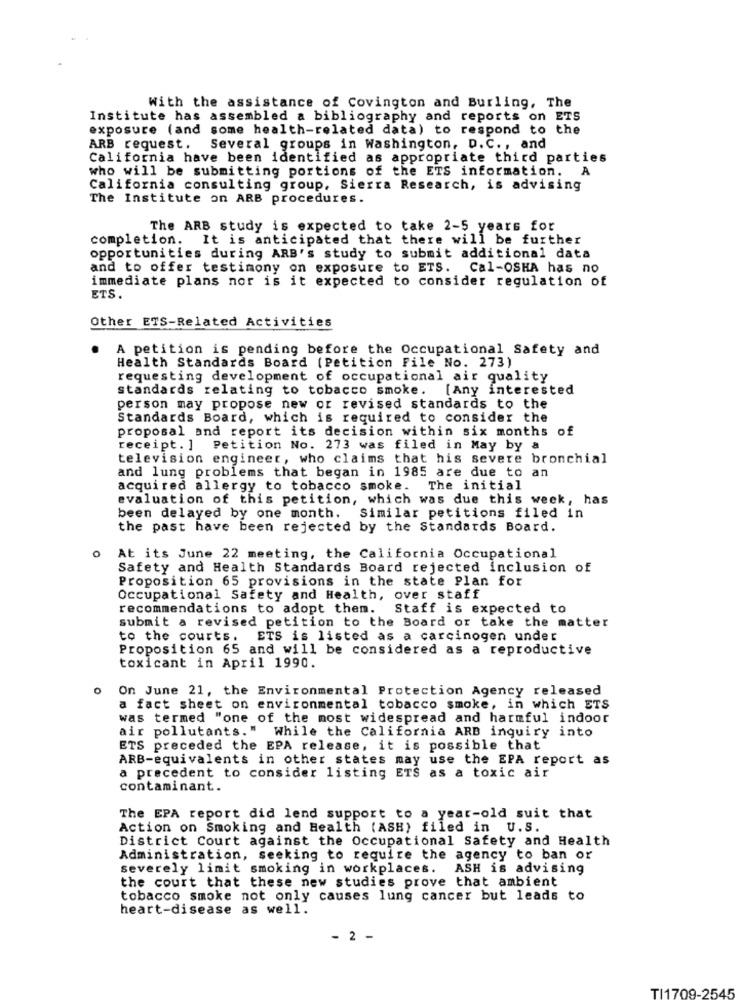
With the assistance of Covington and Burling, The
Institute has assembled a bibliography and reports on ETS
exposure (and some health-related data) to respond to the
ARB request.
Several groups in Washington, D.C ., and
California have been identified as appropriate third parties
who will be submitting portions of the ETS information. A
California consulting group, Sierra Research, is advising
The Institute on ARB procedures.
The ARB study is expected to take 2-5 years for
completion. It is anticipated that there will be further
opportunities during ARB's study to submit additional data
and to offer testimony on exposure to ETS. Cal-OSHA has no
immediate plans nor is it expected to consider regulation of
ETS.
Other ETS-Related Activities
A petition is pending before the Occupational Safety and
Health Standards Board (Petition File No. 273)
requesting development of occupational air quality
standards relating to tobacco smoke. [Any interested
person may propose new or revised standards to the
Standards Board, which is required to consider the
proposal and report its decision within six months of
receipt. ] Petition No. 273 was filed in May by a
television engineer, who claims that his severe bronchial
and lung problems that began in 1985 are due to an
acquired allergy to tobacco smoke.
The initial
evaluation of this petition, which was due this week, has
been delayed by one month. Similar petitions filed in
the past have been rejected by the Standards Board.
At its June 22 meeting, the California Occupational
Safety and Health Standards Board rejected inclusion of
Proposition 65 provisions in the state Plan for
Occupational Safety and Health, over staff
recommendations to adopt them.
Staff is expected to
submit a revised petition to the Board or take the matter
to the courts. ETS is listed as a carcinogen under
Proposition 65 and will be considered as a reproductive
toxicant in April 1990.
0
On June 21, the Environmental Protection Agency released
a fact sheet on environmental tobacco smoke, in which ETS
was termed "one of the most widespread and harmful indoor
air pollutants." While the California ARD inquiry into
ETS preceded the EPA release, it is possible that
ARB-equivalents in other states may use the EPA report as
a precedent to consider listing ETS as a toxic air
contaminant.
The EPA report did lend support to a year-old suit that
Action on Smoking and Health (ASH) filed in U.S.
District Court against the Occupational Safety and Health
Administration, seeking to require the agency to ban or
severely limit smoking in workplaces. ASH is advising
the court that these new studies prove that ambient
tobacco smoke not only causes lung cancer but leads to
heart-disease as well.
- 2 -
TI1709-2545